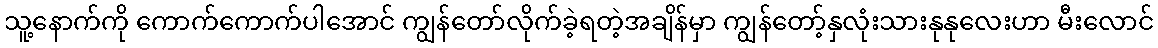
သူ့နောက်ကို ကောက်ကောက်ပါအောင် ကျွန်တော်လိုက်ခဲ့ရတဲ့အချိန်မှာ ကျွန်တော့်နှလုံးသားနုနုလေးဟာ မီးလောင်